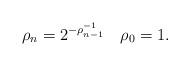
LaTeX: \begin{align*} \rho_n = 2^{-\rho_{n-1}^{-1}}\quad\rho_0=1.\end{align*}